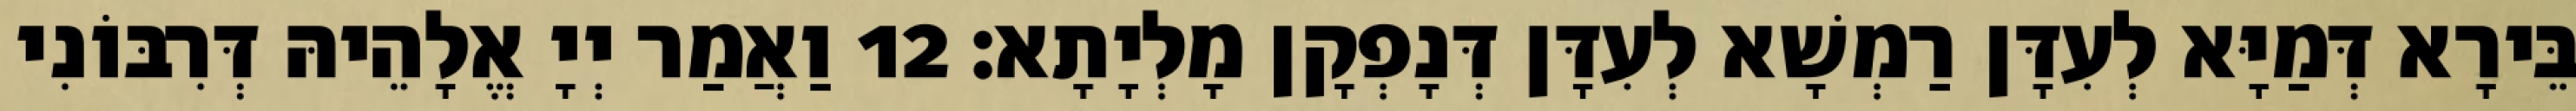
בֵּירָא דְּמַיָּא לְעִדָּן רַמְשָׁא לְעִדָּן דְּנָפְקָן מָלְיָתָא׃ 12 וַאֲמַר יְיָ אֱלָהֵיהּ דְּרִבּוֹנִי